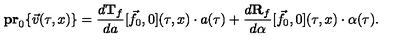
{ \bf p r } _ { 0 } \{ \vec { v } ( \tau , x ) \} = \frac { d { \bf T } _ { f } } { d a } [ \vec { f } _ { 0 } , 0 ] ( \tau , x ) \cdot a ( \tau ) + \frac { d { \bf R } _ { f } } { d \alpha } [ \vec { f } _ { 0 } , 0 ] ( \tau , x ) \cdot \alpha ( \tau ) .